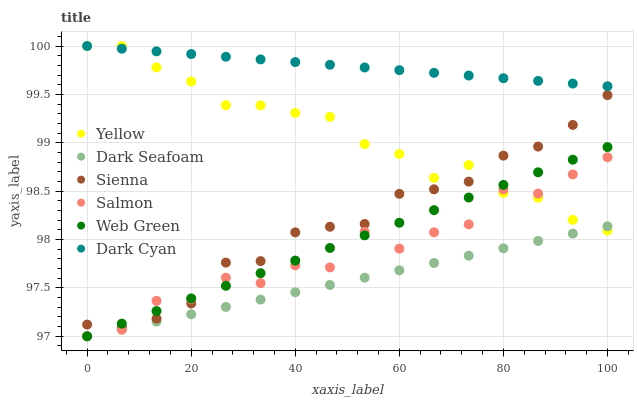
| xaxis_label | Yellow | Dark Seafoam | Sienna | Salmon | Web Green | Dark Cyan |
 | --- | --- | --- | --- | --- | --- | --- |
 | 0 | 100 | 97 | 97.1 | 97 | 97 | 100 |
 | 6.67 | 100 | 97.1 | 97.1 | 97.1 | 97.1 | 100 |
 | 13.3 | 99.8 | 97.2 | 97.2 | 97.4 | 97.3 | 99.9 |
 | 20 | 99.6 | 97.2 | 97.3 | 97.4 | 97.4 | 99.9 |
 | 26.7 | 99.4 | 97.3 | 97.8 | 97.6 | 97.5 | 99.9 |
 | 33.3 | 99.4 | 97.4 | 97.8 | 97.5 | 97.7 | 99.9 |
 | 40 | 99.3 | 97.5 | 98.1 | 97.7 | 97.8 | 99.8 |
 | 46.7 | 99.3 | 97.5 | 98.1 | 97.7 | 97.9 | 99.8 |
 | 53.3 | 99 | 97.6 | 98.2 | 98.1 | 98 | 99.8 |
 | 60 | 98.9 | 97.7 | 98.5 | 97.9 | 98.2 | 99.8 |
 | 66.7 | 98.6 | 97.8 | 98.5 | 98.1 | 98.3 | 99.7 |
 | 73.3 | 98.8 | 97.8 | 98.6 | 98.2 | 98.4 | 99.7 |
 | 80 | 98.5 | 97.9 | 98.9 | 98.5 | 98.6 | 99.7 |
 | 86.7 | 98.4 | 98 | 99 | 98.5 | 98.7 | 99.6 |
 | 93.3 | 98.2 | 98.1 | 99.2 | 98.7 | 98.8 | 99.6 |
 | 100 | 98.1 | 98.1 | 99.5 | 98.9 | 99 | 99.6 |